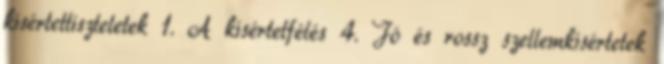
kísértettiszteletek 1. A kísértetfélés 4. Jó és rossz szellemkísértetek